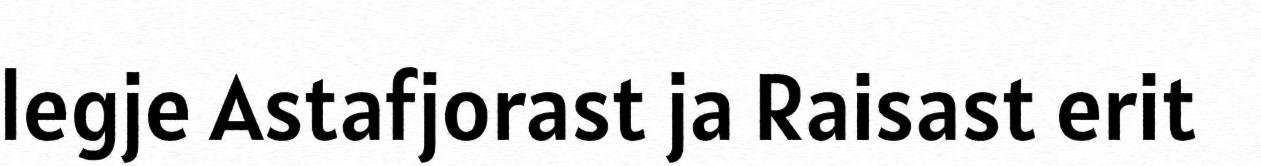
legje Astafjorast ja Raisast erit